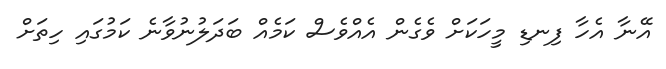
އޭނާ އެހާ ފިނޑި މީހަކަށް ވެގެން އެއްވެސް ކަމެއް ބަދަލުނުވާނެ ކަމުގައި ހިތަށް